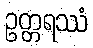
ဥတ္တရဿံ